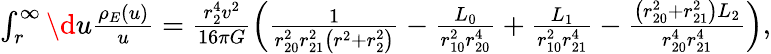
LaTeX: \begin{array}{r}{\int_{r}^{\infty}\d u\frac{\rho_{E}(u)}{u}=\frac{r_{2}^{4}v^{2}}{16\pi G}\left(\frac{1}{r_{20}^{2}r_{21}^{2}\left(r^{2}+r_{2}^{2}\right)}-\frac{L_{0}}{r_{10}^{2}r_{20}^{4}}+\frac{L_{1}}{r_{10}^{2}r_{21}^{4}}-\frac{\left(r_{20}^{2}+r_{21}^{2}\right)L_{2}}{r_{20}^{4}r_{21}^{4}}\right),}\end{array}